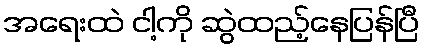
အရေးထဲ ငါ့ကို ဆွဲထည့်နေပြန်ပြီ